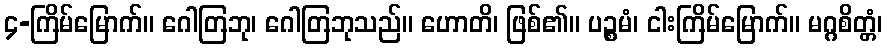
၄-ကြိမ်မြောက်။ ဂေါတြဘု၊ ဂေါတြဘုသည်။ ဟောတိ၊ ဖြစ်၏။ ပဉ္စမံ၊ ငါးကြိမ်မြောက်။ မဂ္ဂစိတ္တံ၊